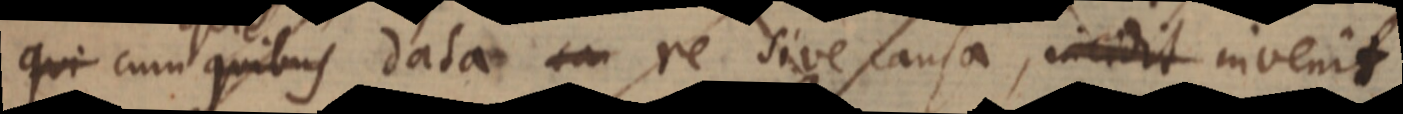
qui cum quibus data ea re sive causa, incidit invenit